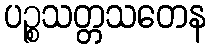
ပဉ္စသတ္တသတေန